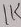
Text: 1K